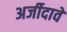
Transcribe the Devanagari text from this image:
अर्जीदावे